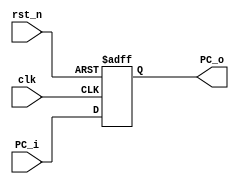
module PC
(
	clk,
	rst_n,
	PC_i,
	PC_o
);

// Ports.
input           clk;
input           rst_n;
input  [31 : 0] PC_i;
output [31 : 0] PC_o;

// Wires and registers.
reg [31 : 0] PC_o;

always @(posedge clk or negedge rst_n)
begin
	if (~rst_n)
	begin
		PC_o <= 32'b0;
	end
	else
	begin
		PC_o <= PC_i;
	end
end

endmodule